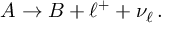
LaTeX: A \to B + \ell ^ { + } + \nu _ { \ell } \, .